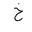
Letter: _kha